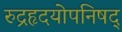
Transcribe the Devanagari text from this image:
रुद्रहृदयोपनिषद्